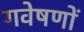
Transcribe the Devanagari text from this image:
गवेषणों